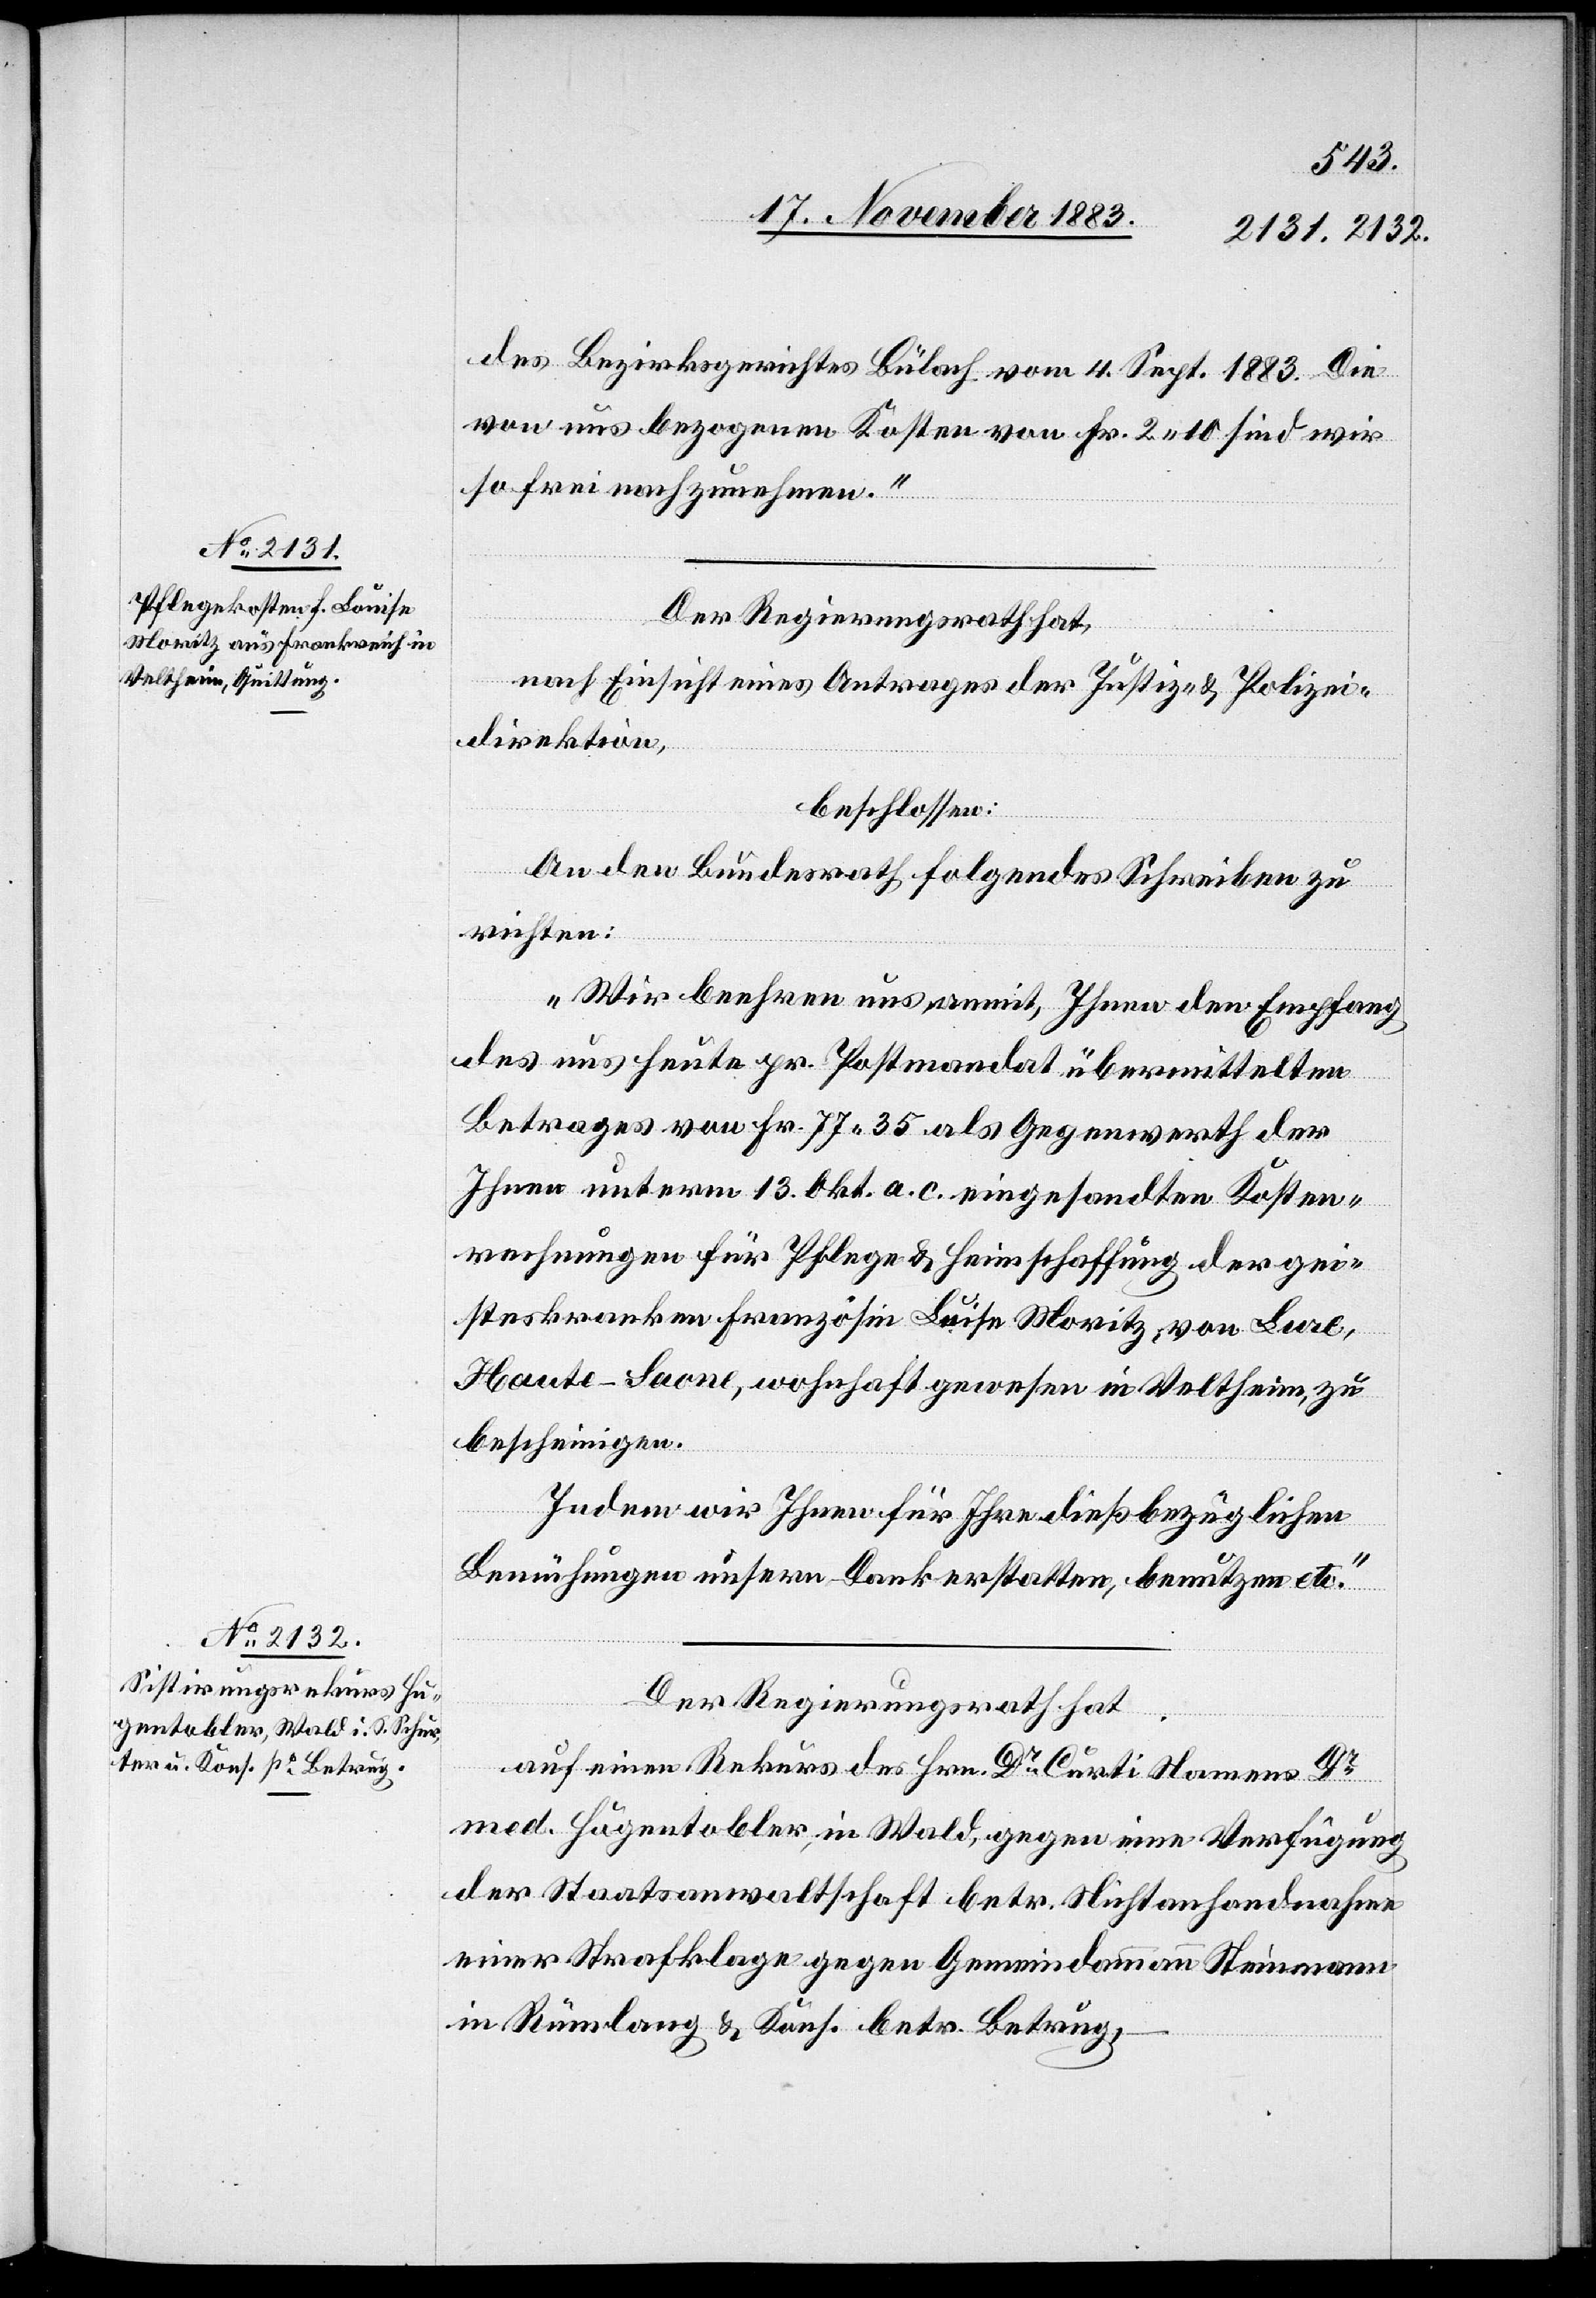
des Bezirksgerichtes Bülach vom 4. Sept. 1883. Die
von uns bezogenen Kosten von Fr. 2 10 sind wir
so frei nachzunehmen.“
Der Regierungsrath hat,
nach Einsicht eines Antrages der Justiz- & Polizei¬
direktion,
beschlossen:
An den Bundesrath folgendes Schreiben zu
richten:
„Wir beehren uns anmit, Ihnen den Empfang
des uns heute pr. Postmandat übermittelten
Betrages von Fr. 77 35 als Gegenwerth der
Ihnen unterm 13. Okt. a. c. eingesandten Kosten¬
rechnungen für Pflege- & Heimschaffung der gei¬
steskranken Französin Luise [sic!] Moritz, von Lure,
Haute-Saone, wohnhaft gewesen in Veltheim, zu
bescheinigen.
Indem wir Ihnen für Ihre dießbezüglichen
Bemühungen unsern Dank erstatten, benutzen etc.“
Der Regierungsrath hat
auf einen Rekurs des Hrn. Dr Curti Namens Dr
med. Hugentobler, in Wald, gegen eine Verfügung
der Staatsanwaltschaft betr. Nichtanhandnahme
einer Strafklage gegen Gemeindammann Steinmann
in Rümlang & Kons. betr. Betrug,